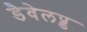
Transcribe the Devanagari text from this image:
डैवेलप्ड